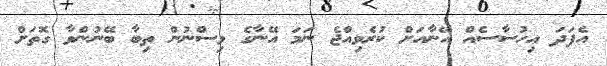
އެފަދަ އިހުސާސެއް އޭނާއަށް ކުރެވިއްޖެ ނަމަ އޭނާގެ ވިސްނުން ތިބާ ބޭނުންވާ ގޮތަށް